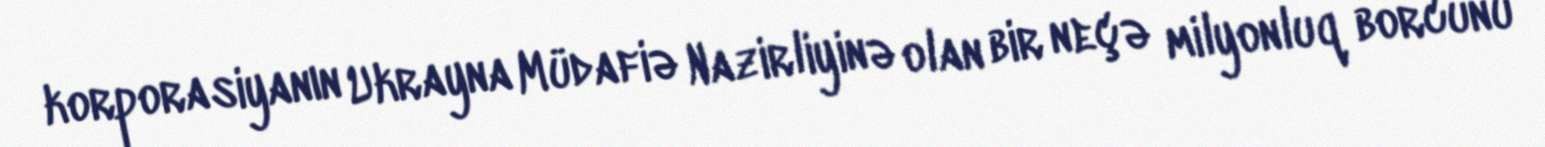
korporasiyanın Ukrayna Müdafiə Nazirliyinə olan bir neçə milyonluq borcunu